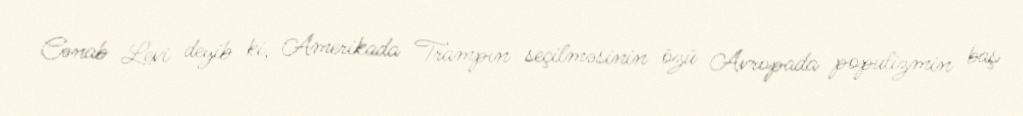
Cənab Levi deyib ki, Amerikada Trampın seçilməsinin özü Avropada populizmin baş